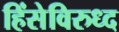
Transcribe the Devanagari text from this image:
हिंसेविरुध्द